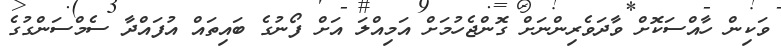
ވަކިން ހާއްސަކޮށް ވާދަވެރިންނަށް ގޮންޖެހުމަށް އަމިއްލަ އަށް ފޯނުގެ ބައިތައް އުފައްދާ ސެމްސަންގުގެ